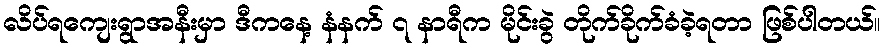
လိပ်ရကျေးရွာအနီးမှာ ဒီကနေ့ နံနက် ၇ နာရီက မိုင်းခွဲ တိုက်ခိုက်ခံခဲ့ရတာ ဖြစ်ပါတယ်။